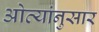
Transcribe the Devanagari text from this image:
ओव्यांनुसार